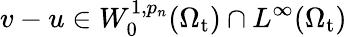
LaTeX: v-u\in W_{0}^{1,p_{n}}(\Omega_{\mathrm{t}})\cap L^{\infty}(\Omega_{\mathrm{t}})